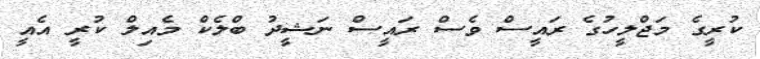
ކުރީގެ މަޖްލީހުގެ ރައީސް ވެސް ރައީސް ނަޝީދު ބްލެކް މެއިލް ކުރީ އެއީ